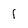
Character: 1